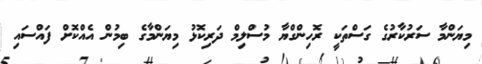
މިޔަންމާ ސަރުކާރުގެ ގަސްތަކީ ރޮހިންގްޔާ މުސްލިމް ދަރިކޮޅު މިޔަންމާގެ ބިމުން އެއްކޮށް ފައްސައި